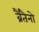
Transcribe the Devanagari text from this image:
ब्रैंतैनो